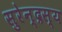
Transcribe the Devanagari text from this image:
सुरेन्द्रस्य